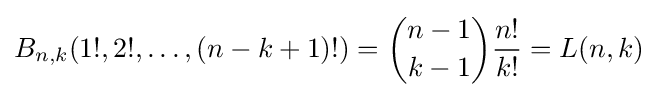
B_{n,k}(1!,2!,\ldots ,(n-k+1)!)={\binom {n-1}{k-1}}{\frac {n!}{k!}}=L(n,k)